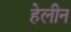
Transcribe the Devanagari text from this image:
हेलीन